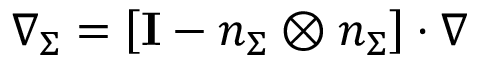
\nabla _ { \Sigma } = \left[ \mathbf { I } - \boldsymbol { n } _ { \Sigma } \otimes \boldsymbol { n } _ { \Sigma } \right] \cdot \nabla